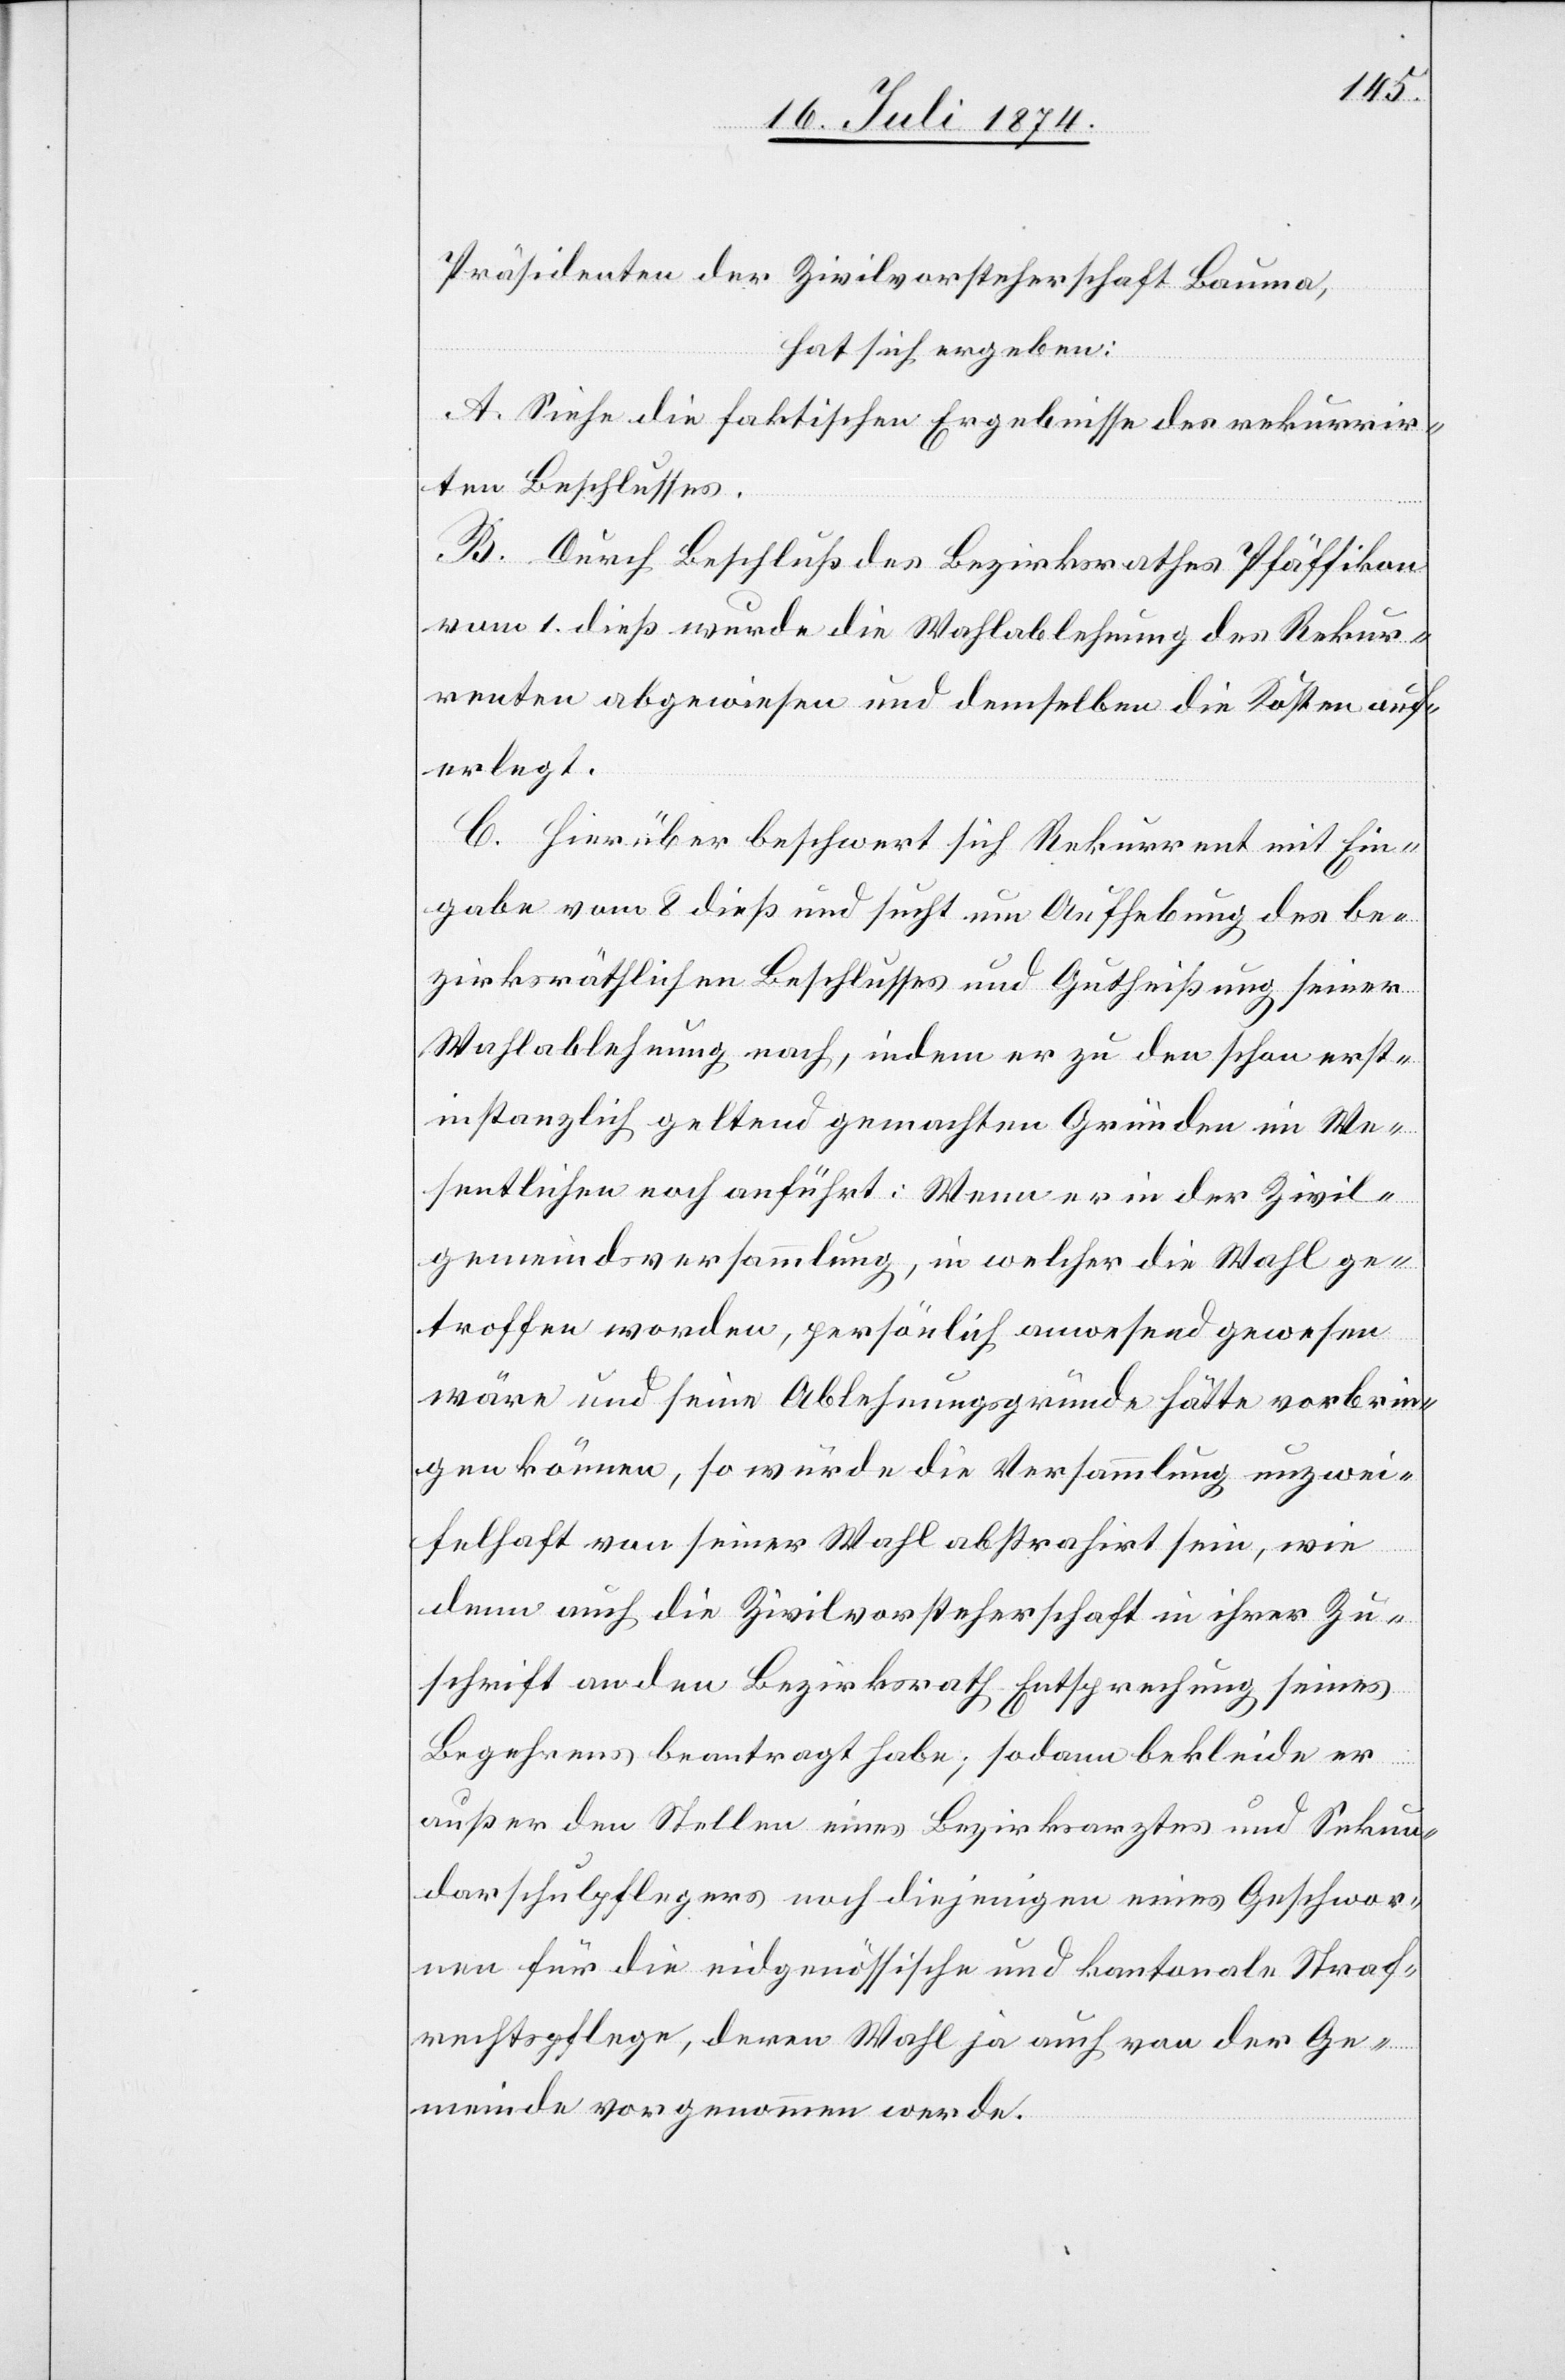
Präsidenten der Zivilvorsteherschaft Bauma,
hat sich ergeben:
A. Siehe die faktischen Ergebnisse des rekurrir¬
ten Beschlusses.
B. Durch Beschluß des Bezirksrathes Pfäffikon
vom 1. dieß wurde die Wahlablehnung des Rekur¬
renten abgewiesen und demselben die Kosten auf¬
erlegt.
C. Hierüber beschwert sich Rekurrent mit Ein¬
gabe vom 8. dieß und sucht um Aufhebung des be¬
zirksräthlichen Beschlusses und Gutheißung seiner
Wahlablehnung nach, indem er zu den schon erst¬
instanzlich geltend gemachten Gründen im We¬
sentlichen anführt: Wenn er in der Zivil¬
gemeindsversammlung, in welcher die Wahl ge¬
troffen worden, persönlich anwesend gewesen
wäre und seine Ablehnungsgründe hätte vorbrin¬
gen können, so würde die Versammlung unzwei¬
felhaft von seiner Wahl abstrahirt sein, wie
denn auch die Zivilvorsteherschaft in ihrer Zu¬
schrift an den Bezirksrath Entsprechung seines
Begehrens beantragt habe; sodann bekleide er
außer den Stellen eines Bezirksarztes und Sekun¬
darschulpflegers noch diejenige eines Geschwor¬
nen für die eidgenössische und kantonale Straf¬
rechtspflege, deren Wahl ja auch von der Ge¬
meinde vorgenommen werde.